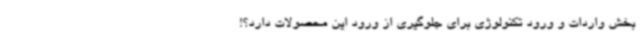
بخش واردات و ورود تکنولوژی برای جلوگیری از ورود این محصولات دارد؟!